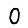
Digit: 0